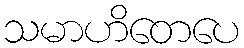
သမာဟိတေပေ